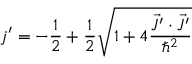
j ^ { \prime } = - \frac { 1 } { 2 } + \frac { 1 } { 2 } \sqrt { 1 + 4 \frac { \vec { J ^ { \prime } } \cdot { \vec { J ^ { \prime } } } } { \hbar ^ { 2 } } }